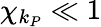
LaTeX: \chi_{k_{P}}\ll 1